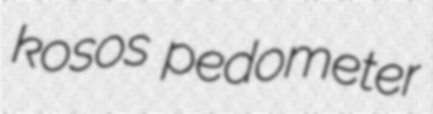
kosos pedometer